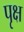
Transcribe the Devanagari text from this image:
पृक्ष